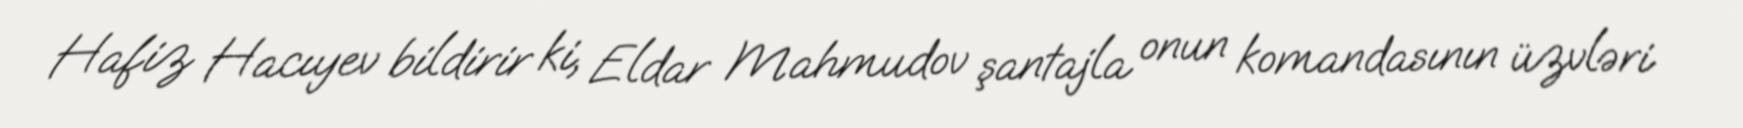
Hafiz Hacıyev bildirir ki, Eldar Mahmudov şantajla onun komandasının üzvləri